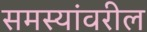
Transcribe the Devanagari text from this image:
समस्यांवरील